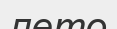
лето